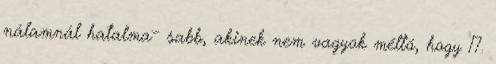
nálamnál hatalma− sabb, akinek nem vagyok méltó, hogy 17.